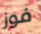
فوز